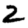
Digit: 2